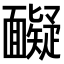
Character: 𩉏